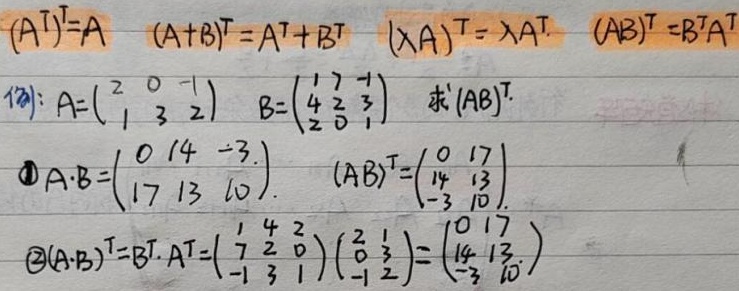
\((A^T)^T = A\quad (A + B)^T = A^T + B^T\quad (\lambda A)^T = \lambda A^T\quad (AB)^T = B^T A^T\)
\(例: A = \begin{pmatrix}2 & 0 & -1\\1 & 3 & 2\end{pmatrix}\quad B = \begin{pmatrix}1 & 7 & -1\\4 & 2 & 3\\2 & 0 & 1\end{pmatrix}\quad 求(AB)^T.\)
\(\textcircled{1}A\cdot B = \begin{pmatrix}0 & 14 & -3\\17 & 13 & 10\end{pmatrix}.\quad (AB)^T = \begin{pmatrix}0 & 17\\14 & 13\\-3 & 10\end{pmatrix}.\)
\(\textcircled{2}(A\cdot B)^T = B^T\cdot A^T = \begin{pmatrix}1 & 4 & 2\\7 & 2 & 0\\-1 & 3 & 1\end{pmatrix}\begin{pmatrix}2 & 1\\0 & 3\\-1 & 2\end{pmatrix} = \begin{pmatrix}0 & 17\\14 & 13\\-3 & 10\end{pmatrix}.\)